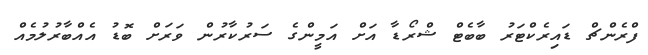
ފްރެންޗް ޑައިރެކްޓަރު ބާބެޓް ޝްރޯޑާ އަށް އަމީންގެ ސަރުކާރުން ވަރަށް ބޮޑު އެއްބާރުލުމެއް